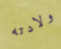
ولادته